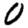
Digit: 0